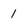
Character: 1